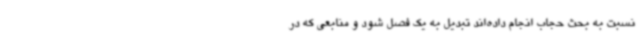
نسبت به بحث حجاب انجام داده‌اند تبدیل به یک فصل شود و منابعی که در